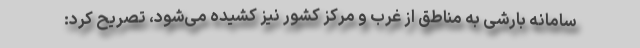
سامانه بارشی به مناطق از غرب و مرکز کشور نیز کشیده می‌شود، تصریح کرد: